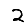
Digit: 2